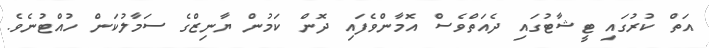
އަތް ކުރުގައި ޓީޝާޓުގައި ދެއަތްވެސް އޮމާންވެފައި ދޮން ކަމުން ޔާނިޒްގެ ސަމާލުކަން ހުއްޓުނެވެ.